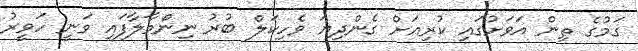
ގަމުގެ ތިން އަވަށުގައި ކުރިއަށް ގެންދިޔަ ވެހިކަލް ބުރު ނިންމާލާފައި ވަނީ ހަވީރު